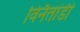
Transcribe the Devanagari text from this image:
विनैतांडी